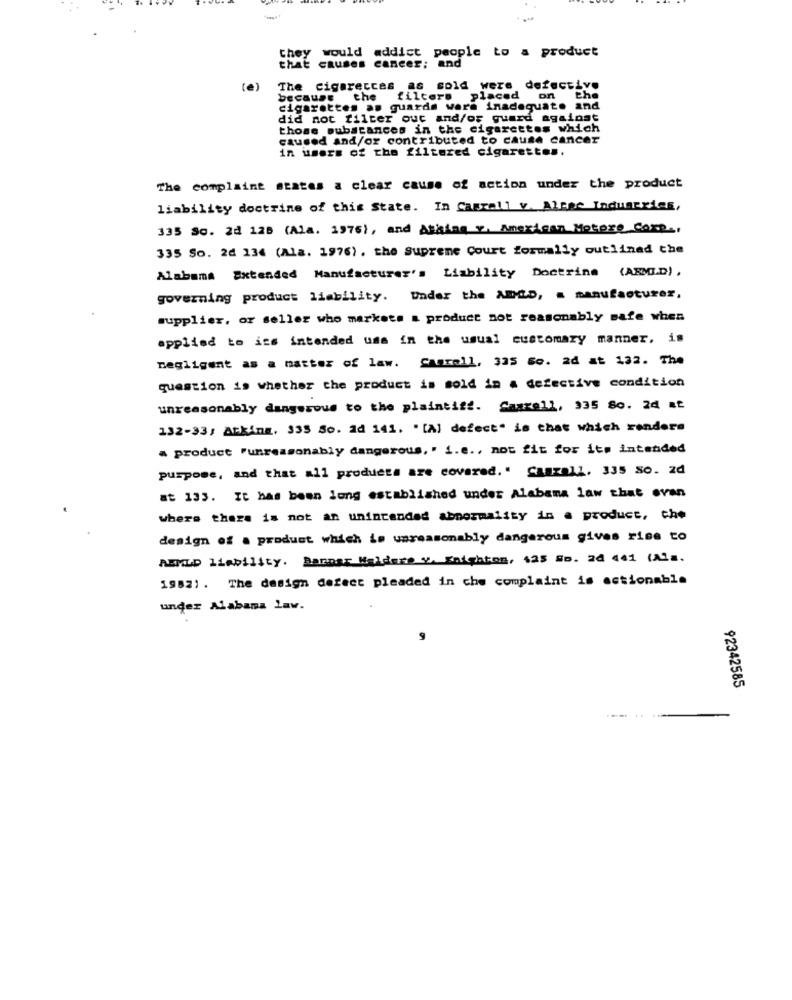
they would addict people to a product
that causes cancer; and
(e)
The cigarecces as sold were defective
because the filters placed on the
cigarettes as guards ware inadequate and
did not filter out and/or guard against
those substances in the cigarettes which
caused and/or contributed to cause cancer
in users of the filtered cigarettes.
The complaint states a clear cause of action under the product
liability doctrine of this State. In Casrall v. Altre Industries,
335 So. 2d 128 (Ala. 1976), and Asking v. Amexican Motore Corp .,
335 So. 24 134 (Ala. 1976) . the supreme Court formally outlined the
Alabama Extended Manufacturer's Liability Doctrina (ARMED).
governing product liability. Under the ADMLD, a manufacturer,
supplier, or seller who markets a product not reasonably safe when
applied to iss intended usa in the usual customary manner, is
negligent as a matter of law. Canrell, 325 So. 2d at 132. The
question is whether the product is sold in a defective condition
unreasonably dangerous to the plaintiff. Caaxell, 335 So. 24 at
132-33; Atkins. 335 So. Ad 141. " [A] defect" is that which renders
a product "unreasonably dangerous ,. i.e ., not fit for its intended
purpose, and that all products are covered." Caszall. 335 So. zd
at 133. It has been long established under Alabama law that even
where there is not an unintended abnormality in a product, che
design of a product which is unreasonably dangerous gives rise to
AEMLD liability. Bannar Maldere y. Enighton, sas So. 26 441 (A1 ..
19821 . The design defect pleaded in che complaint is actionable
under Alabama Lav.
9
92342585